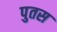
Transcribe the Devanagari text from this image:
पुतस